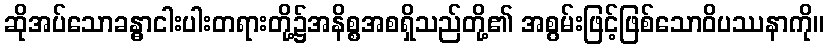
ဆိုအပ်သောခန္ဓာငါးပါးတရားတို့၌အနိစ္စအစရှိသည်တို့၏ အစွမ်းဖြင့်ဖြစ်သောဝိပဿနာကို။